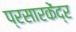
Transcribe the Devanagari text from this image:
प्रसारकेंद्र